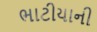
ભાટીયાની